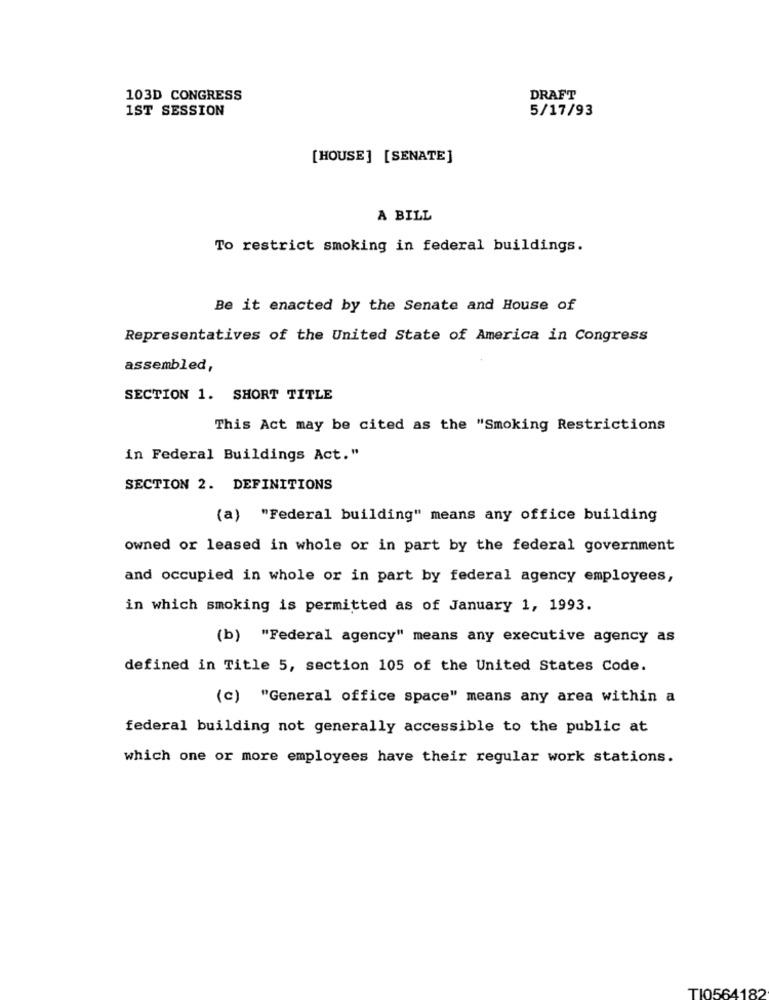
103D CONGRESS
DRAFT
1ST SESSION
5/17/93
[ HOUSE] [SENATE]
A BILL
To restrict smoking in federal buildings.
Be it enacted by the Senate and House of
Representatives of the United State of America in Congress
assembled,
SECTION 1. SHORT TITLE
This Act may be cited as the "Smoking Restrictions
in Federal Buildings Act."
SECTION 2. DEFINITIONS
(a) "Federal building" means any office building
owned or leased in whole or in part by the federal government
and occupied in whole or in part by federal agency employees,
in which smoking is permitted as of January 1, 1993.
(b) "Federal agency" means any executive agency as
defined in Title 5, section 105 of the United States Code.
(c) "General office space" means any area within a
federal building not generally accessible to the public at
which one or more employees have their regular work stations.
TI0564182